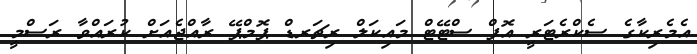
އެމެރިކާގެ ސެކްރެޓަރީ އޮފް ސްޓޭޓް މައިކަލް ރިޗަރޑް ޕޮމްޕޭ ރާއްޖެއަށް ކުރައްވާ ރަސްމީ